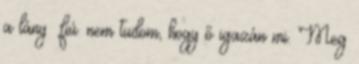
a lány fiú. nem tudom, hogy ő igazán mi. Meg